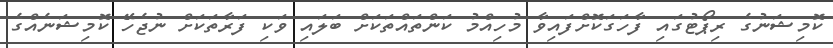
ކޮމިޝަނުގެ ރިޕޯޓުގައި ފާހަގަކޮށްފައިވާ މުހިއްމު ކަންތައްތަކަށް ބަލައި ވަކި ފަރާތަކަށް ނުޖެހޭ ކޮމިޝަނެއްގެ